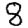
Digit: 8